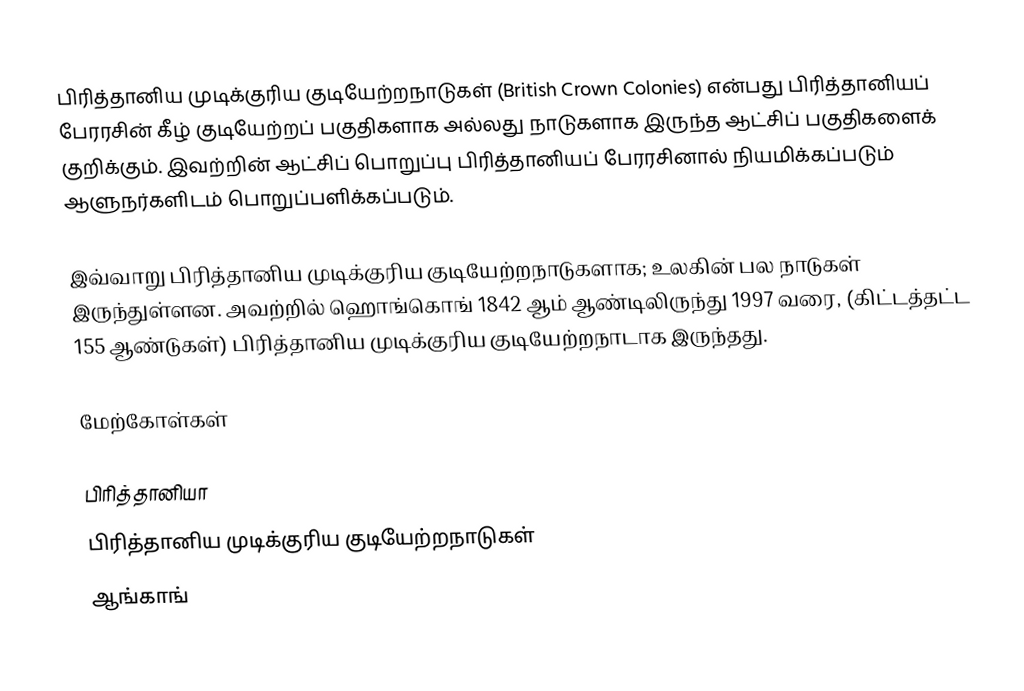
பிரித்தானிய முடிக்குரிய குடியேற்றநாடுகள் (British Crown Colonies) என்பது பிரித்தானியப் பேரரசின் கீழ் குடியேற்றப் பகுதிகளாக அல்லது நாடுகளாக இருந்த ஆட்சிப் பகுதிகளைக் குறிக்கும். இவற்றின் ஆட்சிப் பொறுப்பு பிரித்தானியப் பேரரசினால் நியமிக்கப்படும் ஆளுநர்களிடம் பொறுப்பளிக்கப்படும்.

இவ்வாறு பிரித்தானிய முடிக்குரிய குடியேற்றநாடுகளாக; உலகின் பல நாடுகள் இருந்துள்ளன. அவற்றில் ஹொங்கொங் 1842 ஆம் ஆண்டிலிருந்து 1997 வரை, (கிட்டத்தட்ட 155 ஆண்டுகள்) பிரித்தானிய முடிக்குரிய குடியேற்றநாடாக இருந்தது.

மேற்கோள்கள்

பிரித்தானியா
பிரித்தானிய முடிக்குரிய குடியேற்றநாடுகள்
ஆங்காங்